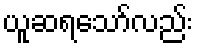
ယူဆရသော်လည်း